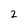
Character: 2